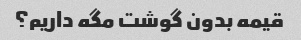
قیمه بدون گوشت مگه داریم؟